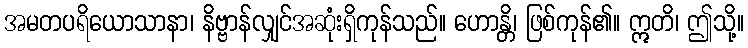
အမတပရိယောသာနာ၊ နိဗ္ဗာန်လျှင်အဆုံးရှိကုန်သည်။ ဟောန္တိ၊ ဖြစ်ကုန်၏။ ဣတိ၊ ဤသို့။